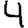
Digit: 4